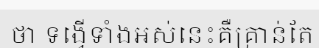
ថា ទង្វើទាំងអស់នេះគឺគ្រាន់តែ